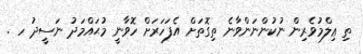
ތި ޢިލްމުވެރިން ނުކުންނަންވާނެ ތިގޮތަށް އެފަހަރަށް ހޮވާނީ މުޙައްމަދު ނަސީދު ހ .